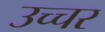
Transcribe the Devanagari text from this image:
उच्चर